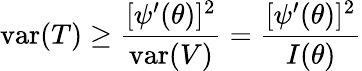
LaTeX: \operatorname{var}(T)\geq{\frac{[\psi^{\prime}(\theta)]^{2}}{\operatorname{var}(V)}}={\frac{[\psi^{\prime}(\theta)]^{2}}{I(\theta)}}